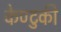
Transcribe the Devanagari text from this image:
केण्टुकी